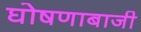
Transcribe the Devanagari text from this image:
घोषणाबाजी